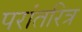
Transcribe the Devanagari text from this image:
परांतरित्र